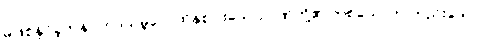
မဖြစ်နိုင်ခဲ့ကုန်။ တဒသမ္ဘဝေ၊ ထိုနှစ်ပါးသောဉာဏ်တို့၏ တစ်ယောက် တည်းသော